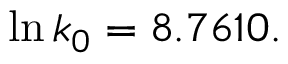
\begin{array} { r } { \ln k _ { 0 } = 8 . 7 6 1 0 . } \end{array}